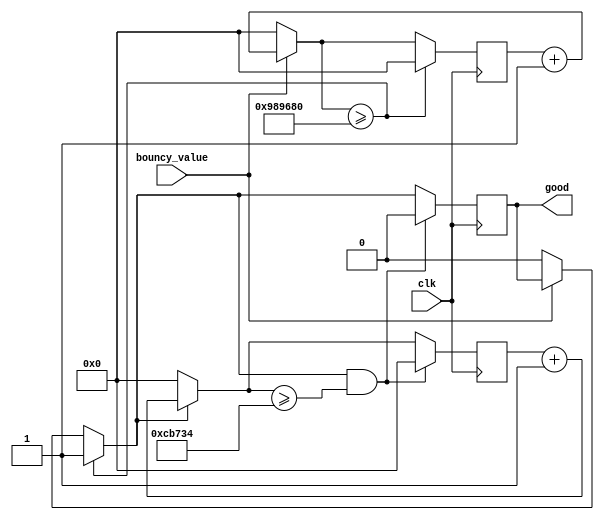
`timescale 1ns / 1ps
//////////////////////////////////////////////////////////////////////////////////
// Company: 
// Engineer: 
// 
// Design Name: 
// Module Name: debounce
// Project Name: 
// Target Devices: 
// Tool Versions: 
// Description: 
// 
// Dependencies: 
// 
// Revision:
// Revision 0.01 - File Created
// Additional Comments:
// 
//////////////////////////////////////////////////////////////////////////////////


module debounce(
    input clk, // 100 MHz
    input bouncy_value, // assume bouncy value is high when pressed
    output good);
    
    // how long to keep it high
    reg[26:0] high_counter = 0;
    reg[26:0] high_limit = 833332;
    
    reg[26:0] debounce_counter = 0;
    reg[26:0] debounce_limit = 10000000;
    reg value = 0;
    
    always @(posedge clk) begin
        if(bouncy_value) begin
	   	   debounce_counter = debounce_counter + 1;
	    end else begin
	       debounce_counter = 0;
	       value = 0;
	   	end
	   	
	   	if(debounce_counter >= debounce_limit) begin
	   	   debounce_counter = 0;
	   	   value = 1;
	   	end
	   	
	   	if(value) begin
	   	   high_counter = high_counter + 1;
	   	end else begin
	   	   high_counter = 0;
	   	end
	   	
	   	if(value && high_counter >= high_limit) begin
	   	   value = 0;
	   	   high_counter = 0;
	   	end
    end
    
    assign good = value;
    
endmodule